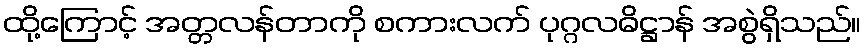
ထို့ကြောင့် အတ္တလန်တာကို စကားလက် ပုဂ္ဂလဓိဋ္ဌာန် အစွဲရှိသည်။